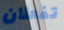
تفعلان